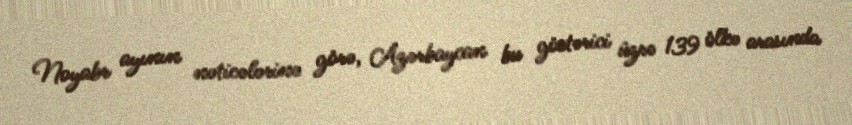
Noyabr ayının nəticələrinə görə, Azərbaycan bu göstərici üzrə 139 ölkə arasında